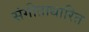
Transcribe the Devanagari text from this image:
संगीताधारित